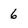
Character: 6